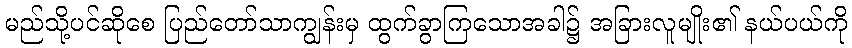
မည်သို့ပင်ဆိုစေ ပြည်တော်သာကျွန်းမှ ထွက်ခွာကြသောအခါ၌ အခြားလူမျိုး၏ နယ်ပယ်ကို